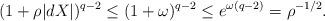
LaTeX: \begin{align*} (1 + \rho |d X|)^{q-2} \leq (1 + \omega)^{q-2} \leq e^{\omega (q - 2)} = \rho^{-1/2} . \end{align*}